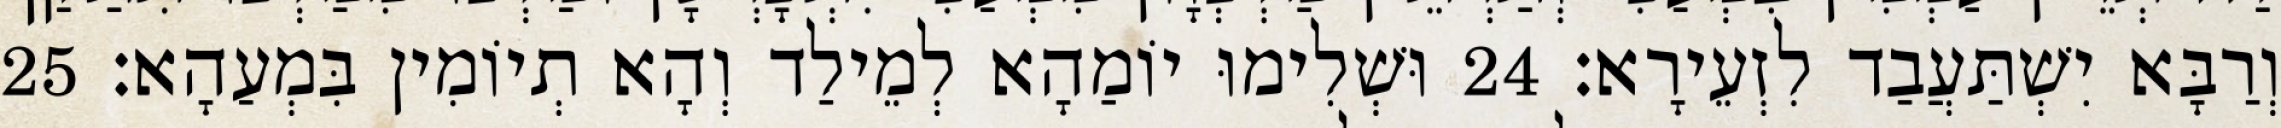
וְרַבָּא יִשְׁתַּעֲבַד לִזְעֵירָא׃ 24 וּשְׁלִימוּ יוֹמַהָא לְמֵילַד וְהָא תְיוֹמִין בִּמְעַהָא׃ 25